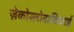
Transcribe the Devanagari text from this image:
ज़ेकोस्लोवाकियाई